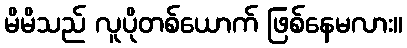
မိမိသည် လူပိုတစ်ယောက် ဖြစ်နေမလား။